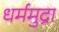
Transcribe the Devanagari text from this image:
धर्ममुद्रा